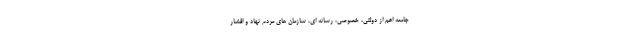
جامعه اعم از دولتی، خصوصی، رسانه ای، سازمان های مردم نهاد و اقشار